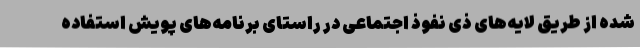
شده از طریق لایه‌های ذی نفوذ اجتماعی در راستای برنامه‌های پویش استفاده